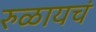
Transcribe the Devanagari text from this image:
रुळायचं